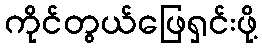
ကိုင်တွယ်ဖြေရှင်းဖို့